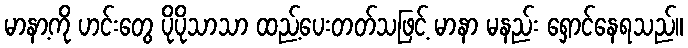
မာနာ့ကို ဟင်းတွေ ပိုပိုသာသာ ထည့်ပေးတတ်သဖြင့် မာနာ မနည်း ရှောင်နေရသည်။